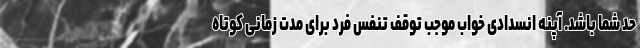
حد شما باشد. آپنه انسدادی خواب موجب توقف تنفس فرد برای مدت زمانی کوتاه